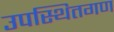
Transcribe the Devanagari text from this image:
उपस्थितगण